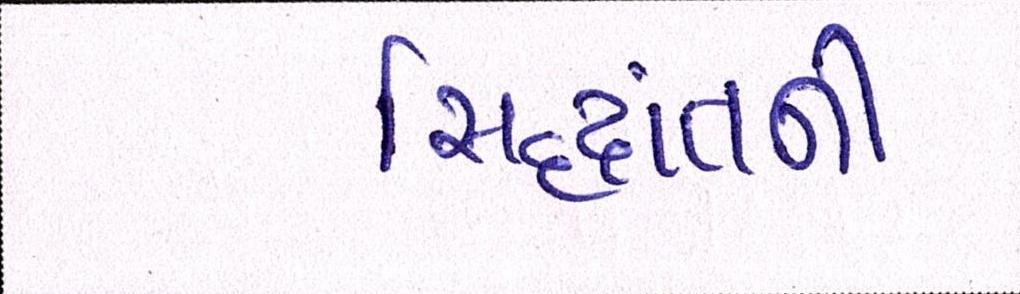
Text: સિદ્ધાંતની